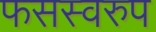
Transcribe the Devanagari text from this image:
फसस्वरुप